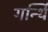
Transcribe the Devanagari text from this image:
गर्न्थि